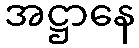
အဋ္ဌာနေ